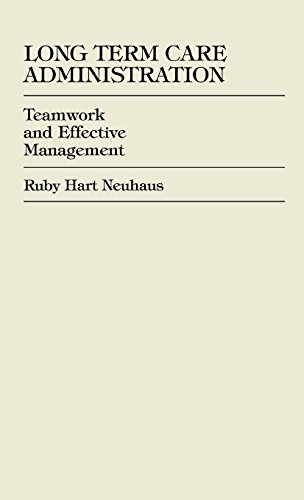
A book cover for Long Term Care Administration; Ruby Hart Neuhaus; Medical Books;